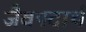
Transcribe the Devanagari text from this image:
जैवपदार्थ